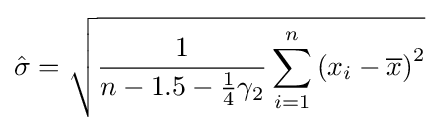
{\hat {\sigma }}={\sqrt {{\frac {1}{n-1.5-{\tfrac {1}{4}}\gamma _{2}}}\sum _{i=1}^{n}\left(x_{i}-{\overline {x}}\right)^{2}}}